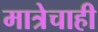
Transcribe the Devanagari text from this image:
मात्रेचाही